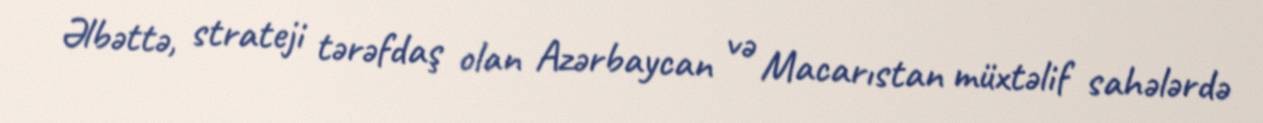
Əlbəttə, strateji tərəfdaş olan Azərbaycan və Macarıstan müxtəlif sahələrdə